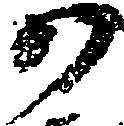
か